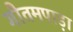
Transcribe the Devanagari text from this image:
गौतमपाड़ा